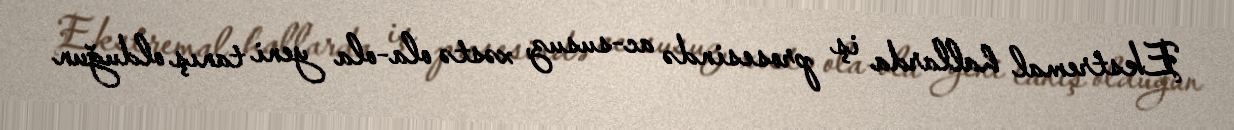
Ekstremal hallarda iş prosesində ac-susuz, xəstə ola-ola yeni tanış olduğun